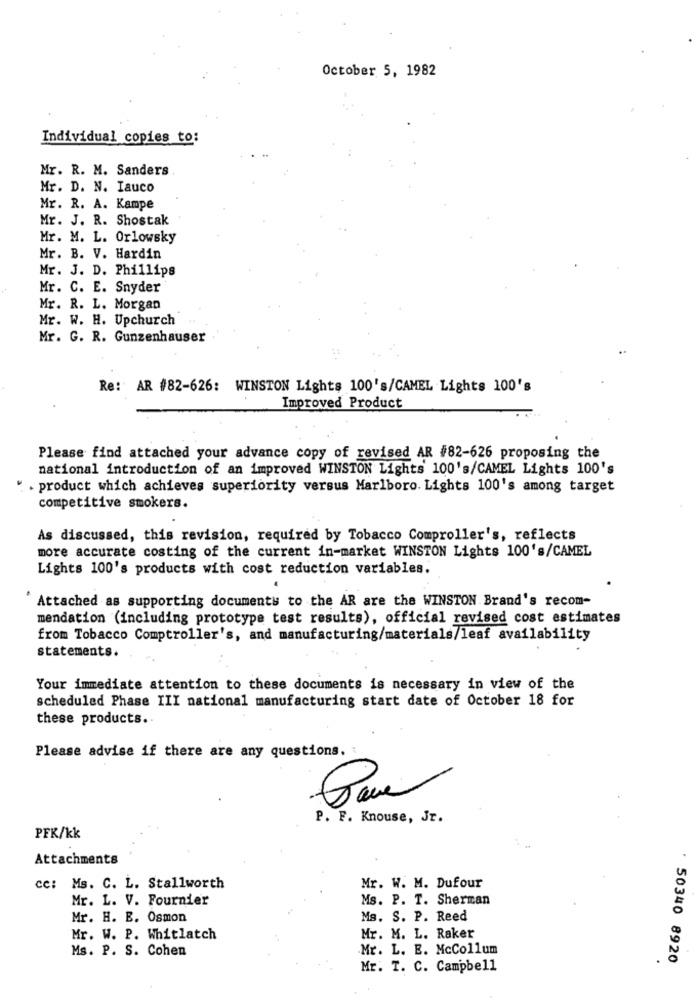
October 5, 1982
Individual copies to:
Mr. R. M. Sanders
Mr. D. N. Iauco
Mr. R. A. Kampe
Mr. J. R. Shostak
Mr. M. L. Orlowsky
Mr. B. V. Hardin
Mr. J. D. Phillips
Mr. C. E. Snyder
Mr. R. L. Morgan
Mr. W. H. Upchurch
Mr. G. R. Gunzenhauser
Re: AR #82-626: WINSTON Lights 100's/CAMEL Lights 100's
Improved Product
Please find attached your advance copy of revised AR #82-626 proposing the
national introduction of an improved WINSTON Lights 100's/CAMEL Lights 100's
. product which achieves superiority versus Marlboro. Lights 100's among target
competitive smokers.
As discussed, this revision, required by Tobacco Comproller's, reflects
more accurate costing of the current in-market WINSTON Lights 100's/CAMEL
Lights 100's products with cost reduction variables.
Attached as supporting documents to the AR are the WINSTON Brand's recom-
mendation (including prototype test results), official revised cost estimates
from Tobacco Comptroller's, and manufacturing/materials/leaf availability
statements.
.
Your immediate attention to these documents is necessary in view of the
scheduled Phase III national manufacturing start date of October 18 for
these products ..
Please advise if there are any questions.
P. F. Knouse, Jr.
PFK/kk
Attachments
Mr. W. M. Dufour
cc: Ms. C. L. Stallworth
Mr. L. V. Fournier
Ms. P. T. Sherman
Mr. H. E. Osmon
Ms. S. P. Reed
Mr. W. P. Whitlatch
Mr. M. L. Raker
Ms. P. S. Cohen
Mr. L. E. McCollum
.
50340 8920
Mr. T. C. Campbell